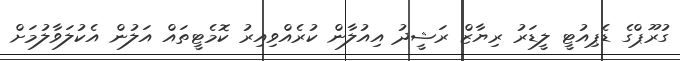
ގުރޫޕްގެ ޑެޕިއުޓީ ލީޑަރު ރިޔާޒް ރަޝީދު އިއުލާން ކުރެއްވިއިރު ކޮމެޓީތައް އަލުން އެކުލަވާލުމަށް